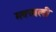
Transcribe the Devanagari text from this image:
मक्खली